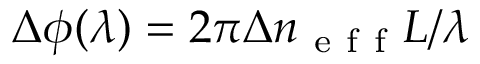
\Delta \phi ( \lambda ) = 2 \pi \Delta n _ { \mathrm { ~ e ~ f ~ f ~ } } L / \lambda